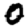
Digit: 0